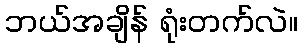
ဘယ်အချိန် ရုံးတက်လဲ။